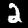
Digit: 2